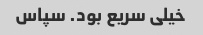
خیلی سریع بود. سپاس